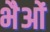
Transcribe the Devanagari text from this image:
भैओं